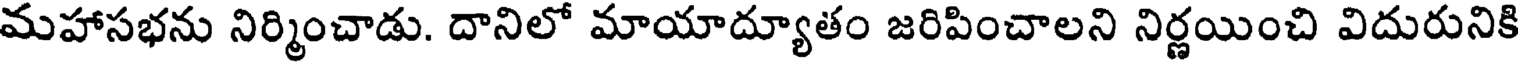
మహాసభను నిర్మించాడు. దానిలో మాయాద్యూతం జరిపించాలని నిర్ణయించి విదురునికి